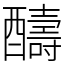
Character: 醻